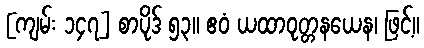
[ကျမ်း ၁၄၇] စာပိုဒ် ၅၃။ ဧဝံ ယထာဝုတ္တနယေန၊ ဖြင့်။